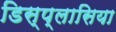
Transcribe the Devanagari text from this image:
डिस्प्लासिया